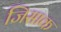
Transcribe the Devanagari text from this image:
जिसाक